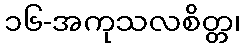
၁၆-အကုသလစိတ္တ၊